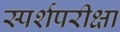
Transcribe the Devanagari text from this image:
स्पर्शपरीक्षा